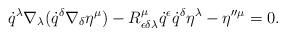
LaTeX: \begin{align*}\dot{q}^\lambda\nabla_\lambda(\dot{q}^\delta\nabla_\delta\eta^\mu)-R^\mu_{\epsilon\delta\lambda}\dot{q}^\epsilon\dot{q}^\delta\eta^\lambda-\eta''^\mu=0.\end{align*}